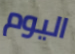
اليوم